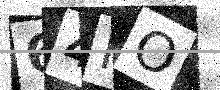
Text: 64NO